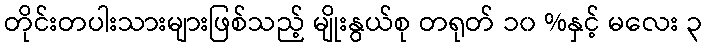
တိုင်းတပါးသားများဖြစ်သည့် မျိုးနွယ်စု တရုတ် ၁၀ %နှင့် မလေး ၃